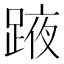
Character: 𨂒